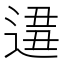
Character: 𨔚